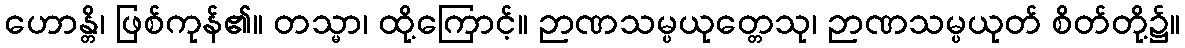
ဟောန္တိ၊ ဖြစ်ကုန်၏။ တသ္မာ၊ ထို့ကြောင့်။ ဉာဏသမ္ပယုတ္တေသု၊ ဉာဏသမ္ပယုတ် စိတ်တို့၌။